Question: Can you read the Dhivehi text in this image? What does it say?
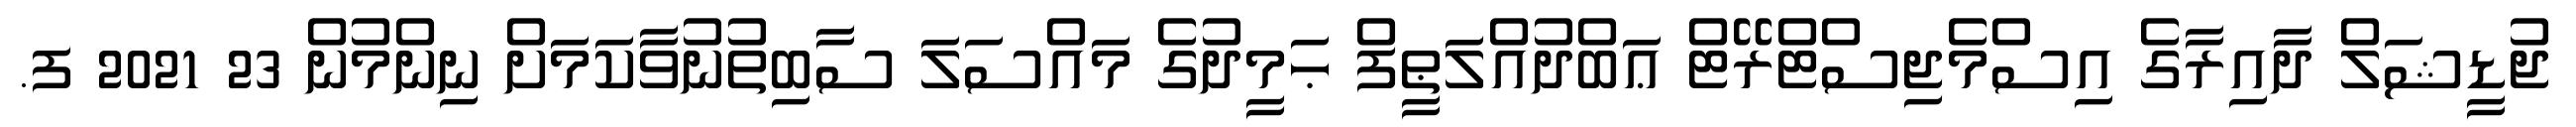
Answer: ޖުޑީޝަލް ދާއިރާގެ އިސްމެޖިސްޓްރޭޓް ޢަބްދުއްލަޠީފް ޙަމީދުގެ މައްސަލަ ސާބިތުނުވާކަމަށް ނިންމުން 23 2021 ފ.